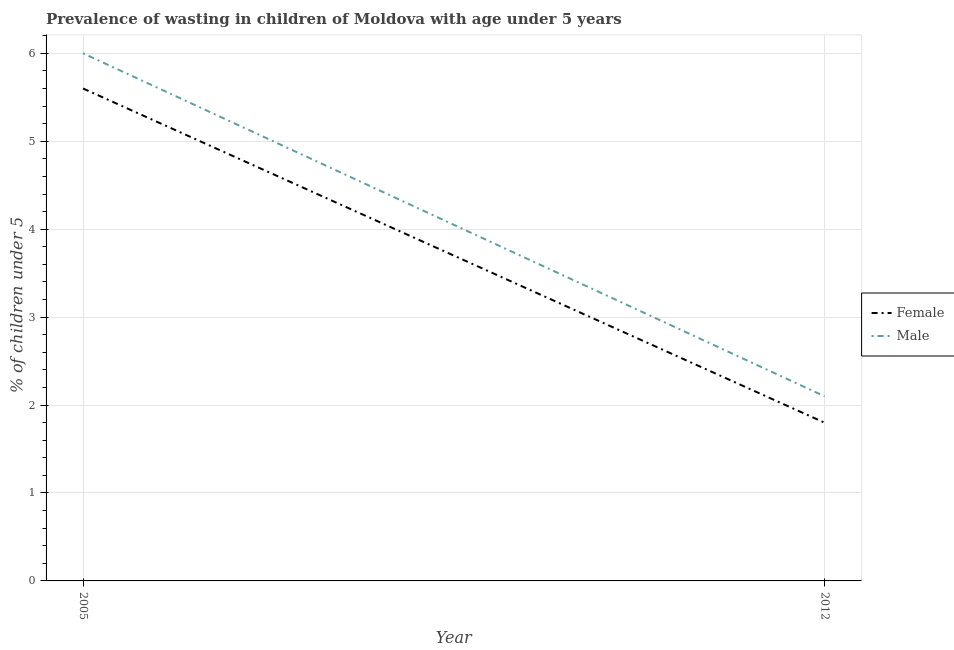
| Year | Female | Male |
 | --- | --- | --- |
 | 2005 | 5.6 | 6 |
 | 2012 | 1.8 | 2.1 |